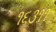
૧૬૩૧૧